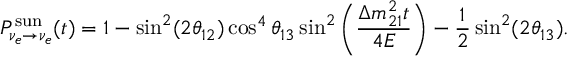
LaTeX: P _ { \nu _ { e } \rightarrow \nu _ { e } } ^ { \mathrm { s u n } } ( t ) = 1 - \sin ^ { 2 } ( 2 \theta _ { 1 2 } ) \cos ^ { 4 } \theta _ { 1 3 } \sin ^ { 2 } \left( \frac { \Delta m _ { 2 1 } ^ { 2 } t } { 4 E } \right) - \frac { 1 } { 2 } \sin ^ { 2 } ( 2 \theta _ { 1 3 } ) .